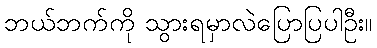
ဘယ်ဘက်ကို သွားရမှာလဲပြောပြပါဦး။